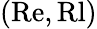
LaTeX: (\mathrm{Re},\mathrm{Rl})